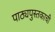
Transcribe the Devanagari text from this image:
पाठ्यपुस्तकाची